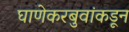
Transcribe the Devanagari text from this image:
घाणेकरबुवांकडून